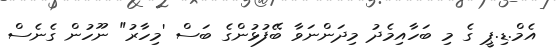
އެމް.ޑި.ޕީ ގެ މި ބަހާއިމެދު މިދަންނަވާ ބޭފުޅުންގެ ބަސް 'މިހާރު" ނޫހުން ގެނެސް